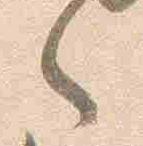
々